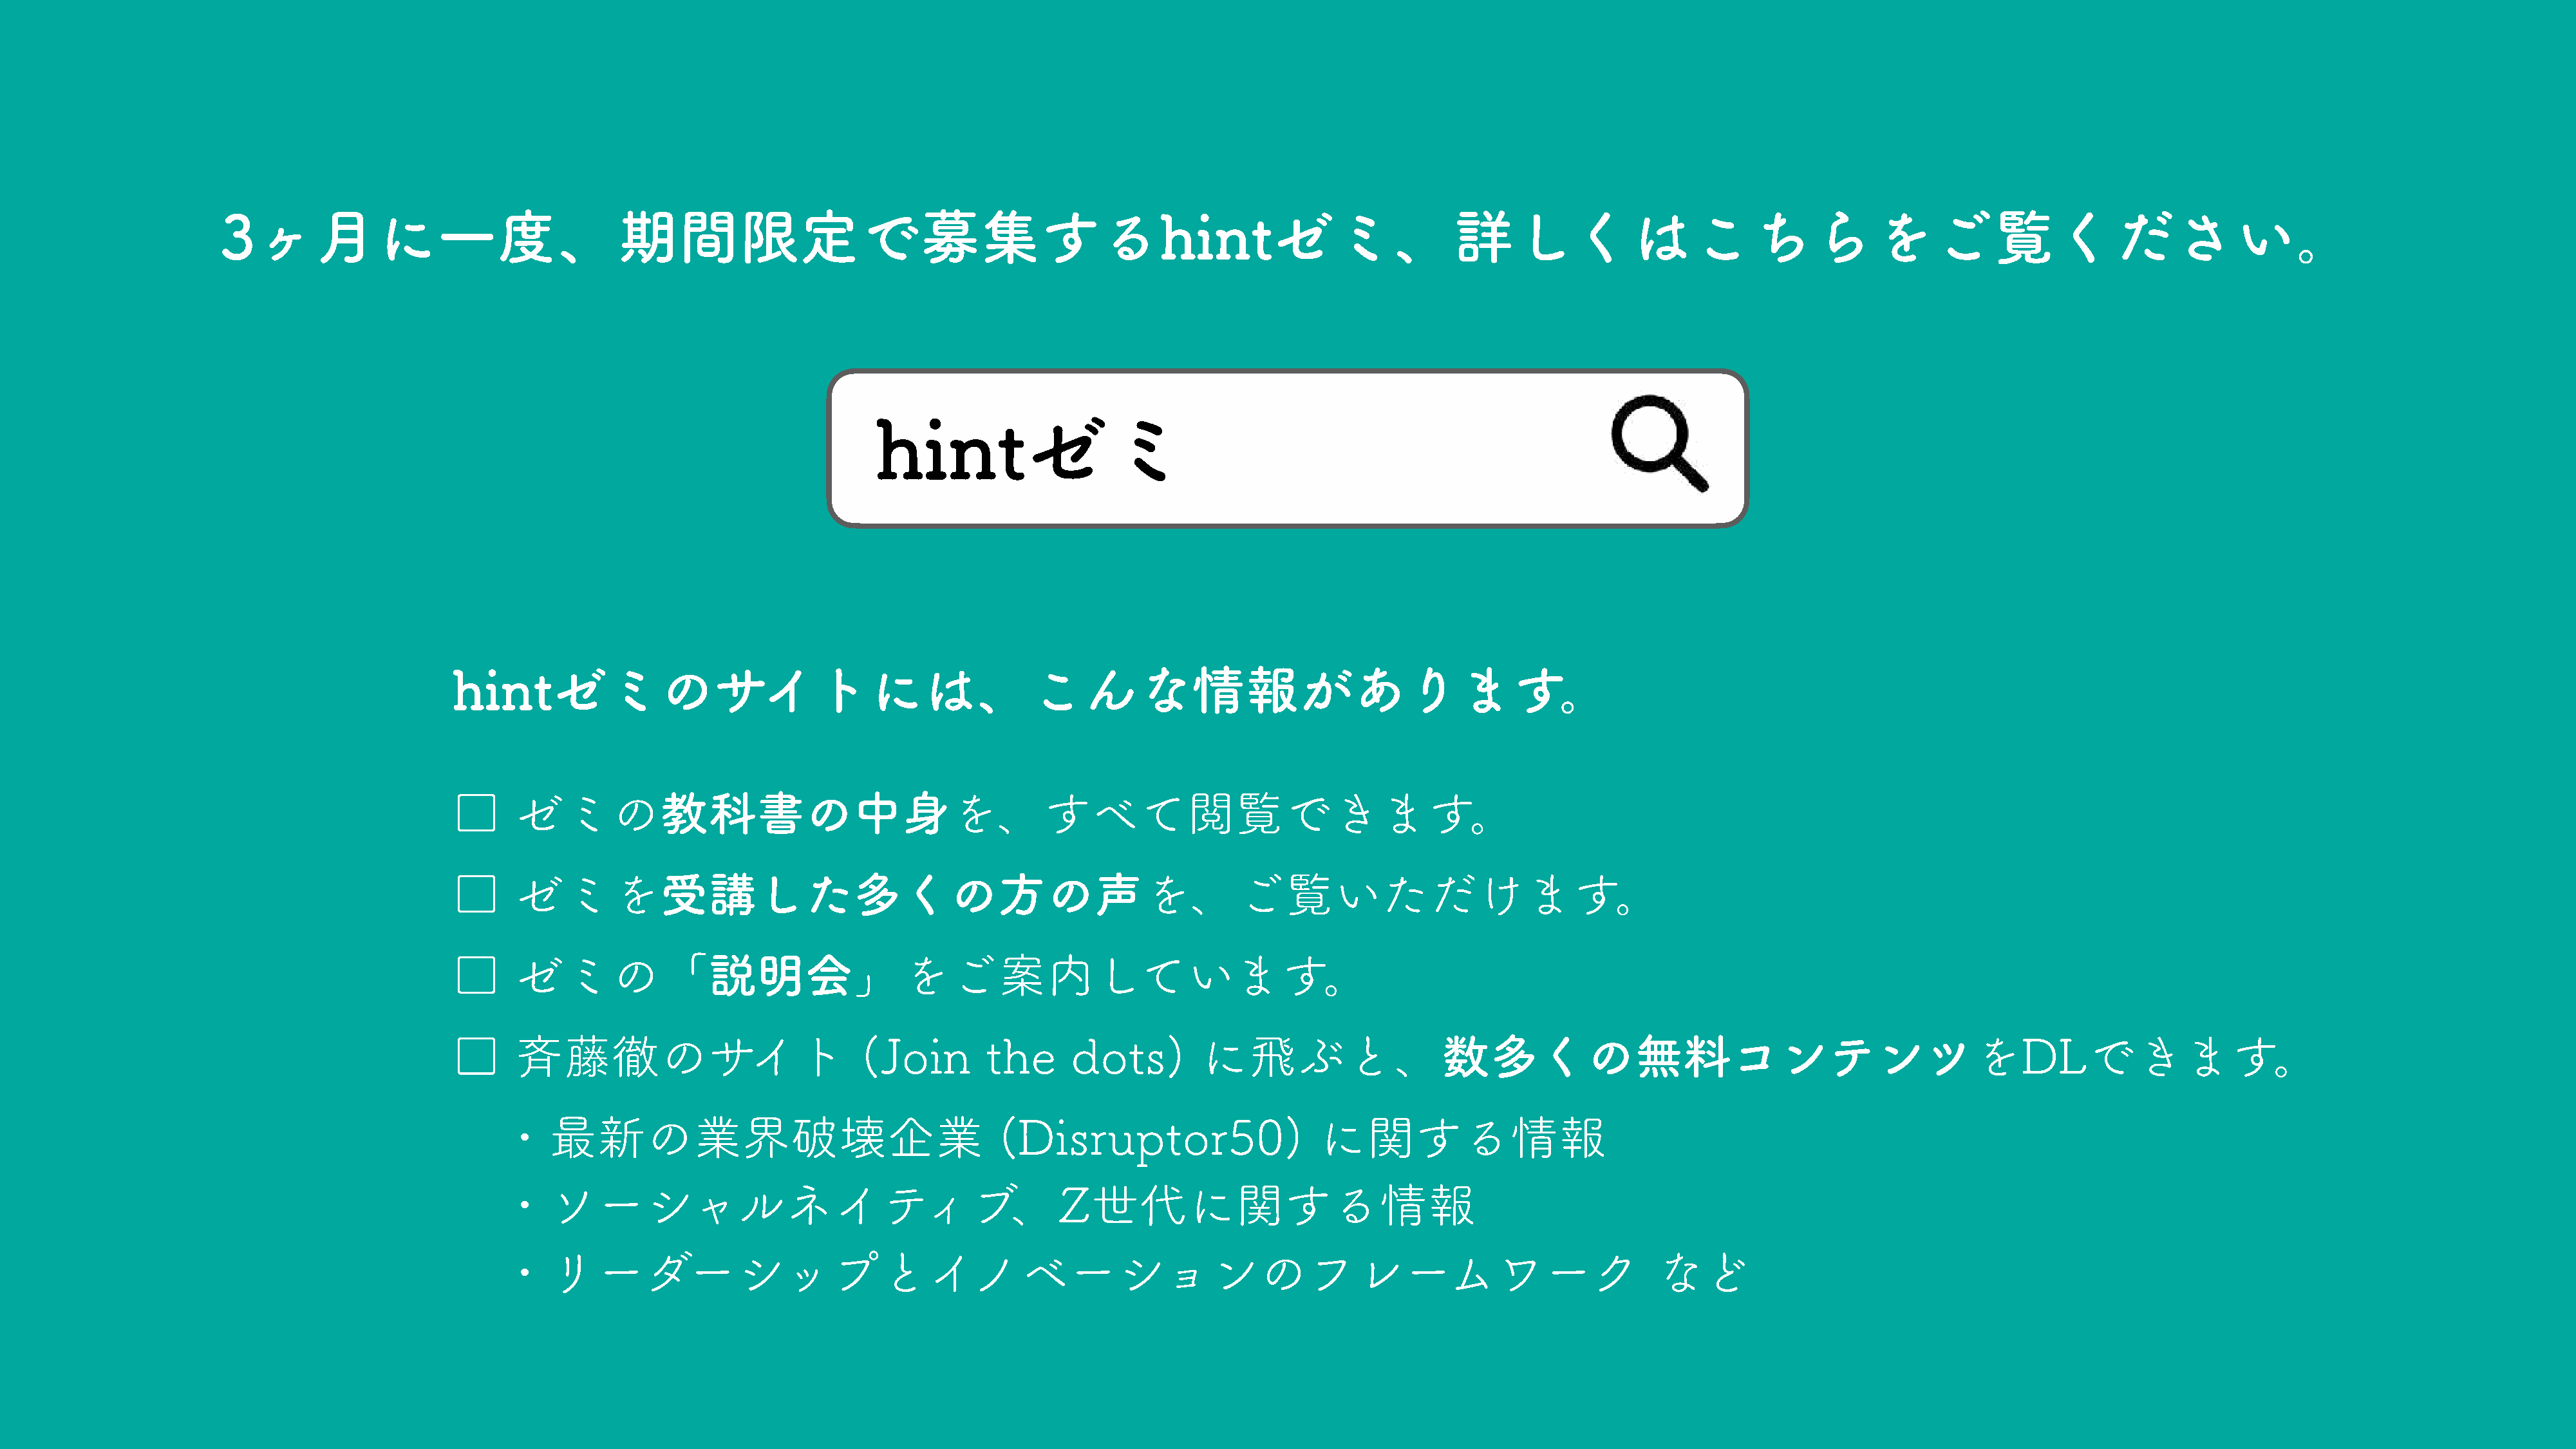
3ヶ月に一度、期間限定で募集するhintゼミ、詳しくはこちらをご覧ください。
 hintゼミ
 hintゼミのサイトには、こんな情報があります。
 □     ゼミの教科書の中身を、すべて閲覧できます。
 □     ゼミを受講した多くの方の声を、ご覧いただけます。
 □     ゼミの「説明会」をご案内しています。
 □     斉藤徹のサイト                            (Join        the      dots)        に飛ぶと、数多くの無料コンテンツをDLできます。
 ・最新の業界破壊企業                                          (Disruptor50)                    に関する情報
 ・ソーシャルネイティブ、Z世代に関する情報
 ・リーダーシップとイノベーションのフレームワーク                                                                                               など